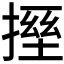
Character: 𫽪